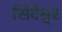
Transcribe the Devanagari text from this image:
सिदेश्वर